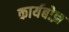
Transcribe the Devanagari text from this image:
कार्यबोझ